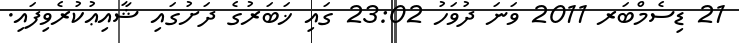
21 ޑިސެމްބަރ 2011 ވަނަ ދުވަހު 23:02 ގައި ޚަބަރުގެ ދަށުގައި ޝާއިޢުކުރެވިފައި.